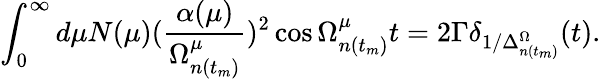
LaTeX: \int_{0}^{\infty}d\mu N(\mu)(\frac{\alpha(\mu)}{\Omega_{n(t_{m})}^{\mu}})^{2}\cos\Omega_{n(t_{m})}^{\mu}t=2\Gamma\delta_{1/\Delta_{n(t_{m})}^{\Omega}}(t).